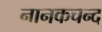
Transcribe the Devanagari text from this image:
नानकचन्द